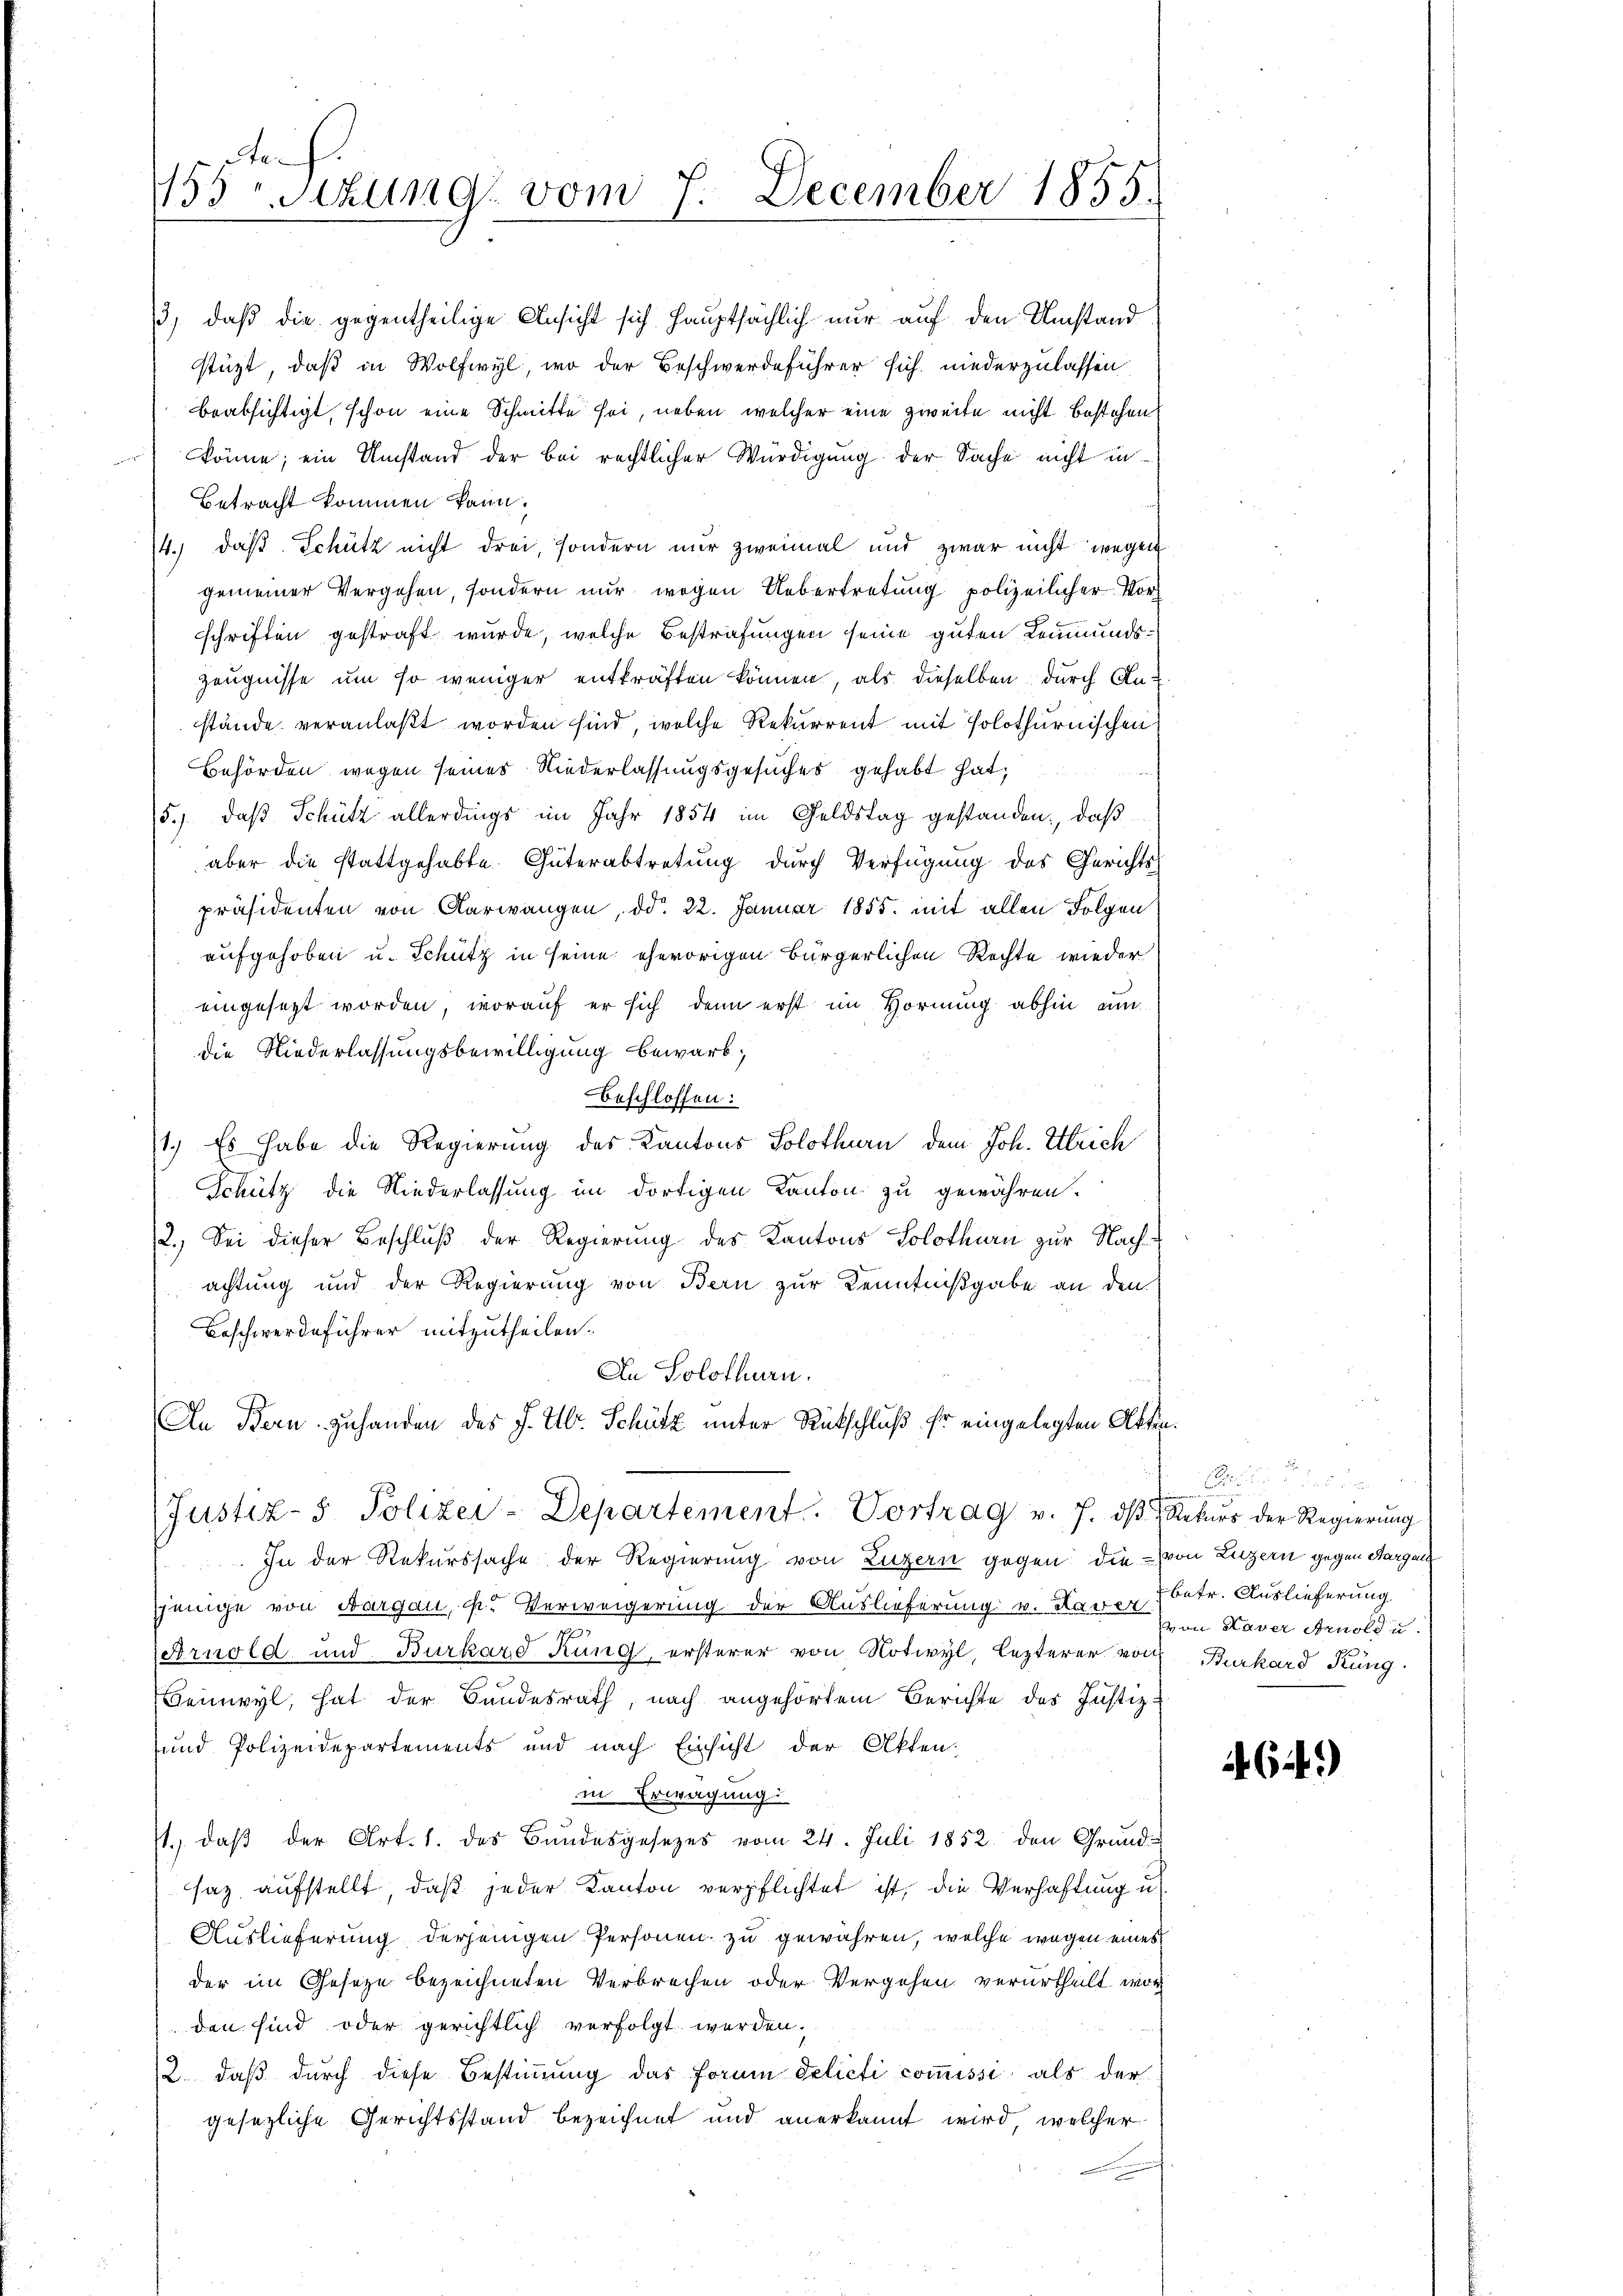
de
153 Sitzung vom 7. December 1855.

beabsichtigt, schon eine Schmitte sei, neben welcher eine zweite nicht bestehen
könne; ein Umstand der bei rechtlicher Würdigung der Sache nicht in
Betracht kommen kann.
14.) daß Schütz nicht drei, sondern nur zweimal und zwar nicht wegen
gemeiner Vergehen, sondern nur wegen Uebertretung polizeilicher Vorschriften gestraft wurde, welche Bestrafungen seine guten Leumunds¬
Zeugnisse um so weniger entkräften können, als dieselben durch Anstände veranlaßt worden sind, welche Rekurrent mit Polothurnischen
Behörden wegen seines Niederlassungsgesuches gehabt hat;
5.) daß Schütz allerdings im Jahr 1854 im Geldstag gestanden, daß
aber die stattgehabte. Güterabtretung durch Verfügung des Gerichts
präsidenten von Aarwangen, ddo 22. Januar 1855. mit allen Folgen
aufgehoben u. Schütz in seine ehevorigen bürgerlichen Rechte wieder
eingesezt worden, worauf er sich denn erst im Hornung abhin am
die Niederlassungsbewilligung bewarb,
beschlossen:
1.) Es habe die Regierung des Kantons Solothurn dem Joh. Ulrich
Schütz die Niederlassung im dortigen Kanton zu gewähren.
2., Sei dieser Beschluß der Regierung des Kantons Solothurn zur Nachachtung und der Regierung von Bern zur Kenntnißgabe an den
Beschwerdeführer mitzutheilen.
An Solothurn.
An Bern zuhanden des J. Ubr. Schütz unter Rütschluß Er eingelegten Atten.
(Justiz- & Polizei-Departement. Vortrag v. 7. dβ Rekurs der Regierŭng
In der Rekurssache der Regierung von Luzern gegen die von Luzern gegen Sargan
sjenige von Aargau, F. Verweigerung der Auslieferung v. Laver (betr. Auslieferung
(Arnold und Burkard Kung ersterer von Notwyl, lezterer von Burkard Küng
Beinwyl, hat der Bundesrath, nach angehörtem Berichte des Justiz-
und Polizeidepartements und nach Einsicht der Akten.
in Erwägung
st., daβ der Art. 1. des Bŭndesgesezes vom 24. Juli 1852 den Grund-
saz aufstellt, daß jeder Kanton verpflichtet ist, die Verhaftung u.
Auslieferung derjenigen Personen zu gewähren, welche wegen eines
der im Gesetze bezeichneten Verbrechen oder Vergehen verurtheilt wor
den sind oder gerichtlich verfolgt werden;
2. daβ dŭrch diese Bestiṁŭng das Forme delicti coṁissi als der
gesezliche Gerichtsstand bezeichnet und anerkannt wird, welcher

3., daß die gegentheilige Ansicht sich Hauptsächlich nur auf den Umstand
stüzt, daß in Wolfwyl, wo der Beschwerdeführer sich niederzulassen,

von Kaver Arnold u.

64.)